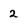
Character: 2